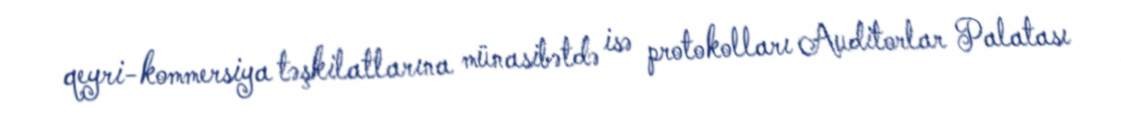
qeyri-kommersiya təşkilatlarına münasibətdə isə protokolları Auditorlar Palatası